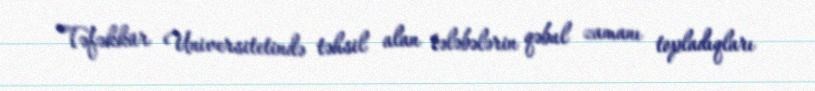
Təfəkkür Universitetində təhsil alan tələbələrin qəbul zamanı topladıqları